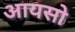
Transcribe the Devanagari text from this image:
आयसो